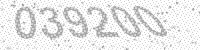
Solution: 039200